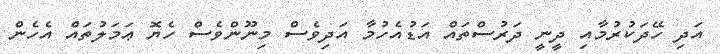
އަދި ހޭދަކުރުމާއި ދީނީ ދަރުސްތައް އަޑުއެހުމާ އަދިވެސް މިނޫންވެސް ހެޔޮ ޢަމަލުތައް އެހެން